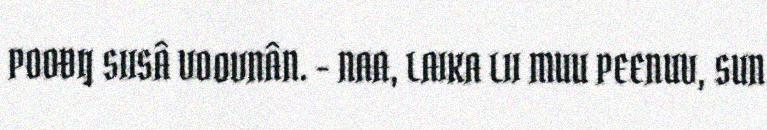
POOĐIJ SIISÂ VOOVNÂN. - NAA, LAIKA LII MUU PEENUV, SUN